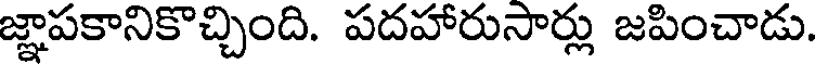
జ్ఞాపకానికొచ్చింది. పదహారుసార్లు జపించాడు.